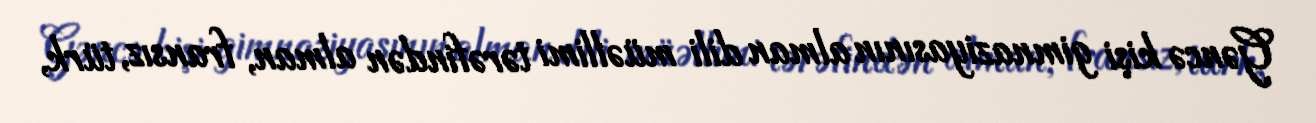
Gəncə kişi gimnaziyasının alman dili müəllimi tərəfindən alman, fransız, türk,